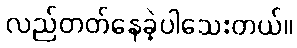
လည်တတ်နေခဲ့ပါသေးတယ်။